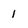
Character: I